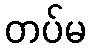
တပ်မ